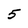
Character: 5